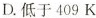
D. 低于409K